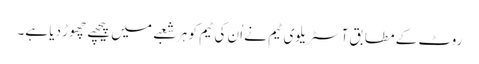
روٹ کے مطابق آسٹریلوی ٹیم نے اُن کی ٹیم کو ہر شعبے میں پیچھے چھوڑ دیا ہے۔